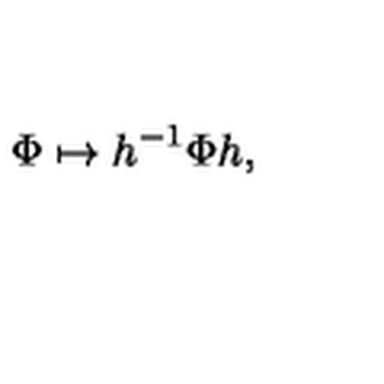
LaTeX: \Phi \mapsto h ^ { - 1 } \Phi h ,